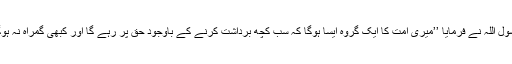
رسول اللہؐ نے فرمایا ’’میری اُمت کا ایک گروہ ایسا ہوگا کہ سب کچھ برداشت کرنے کے باوجود حق پر رہے گا اور کبھی گمراہ نہ ہوگا۔